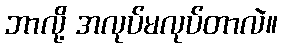
ဘာလို့ အလုပ်မလုပ်တာလဲ။